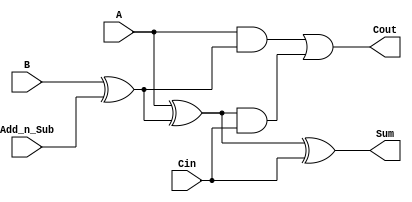
// Full Adder Circuit

module fullAdder(
	// Declare the inputs and outputs
	input A, B, Cin, 
	input Add_n_Sub,	// Add (0) subtract (1)
	output Sum, Cout
);

// Asynchronous outputs
assign Sum = (A ^ (B ^ Add_n_Sub)) ^ Cin;
assign Cout = (A & (B ^ Add_n_Sub)) | ((A ^ (B ^ Add_n_Sub)) & Cin);

endmodule